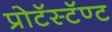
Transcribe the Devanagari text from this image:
प्रोटॅस्टॅण्ट